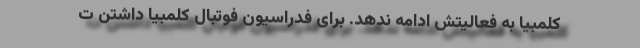
کلمبیا به فعالیتش ادامه ندهد. برای فدراسیون فوتبال کلمبیا داشتن ت